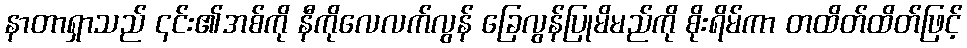
နာတာရှာသည် ၎င်း၏အစ်ကို နီကိုလေလက်လွန် ခြေလွန်ပြုမိမည်ကို စိုးရိမ်ကာ တထိတ်ထိတ်ဖြင့်